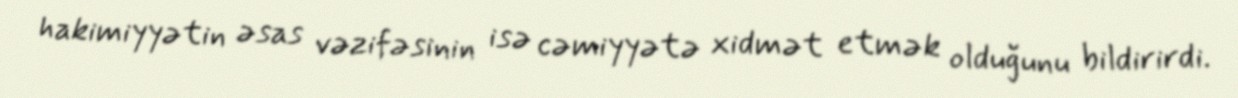
hakimiyyətin əsas vəzifəsinin isə cəmiyyətə xidmət etmək olduğunu bildirirdi.